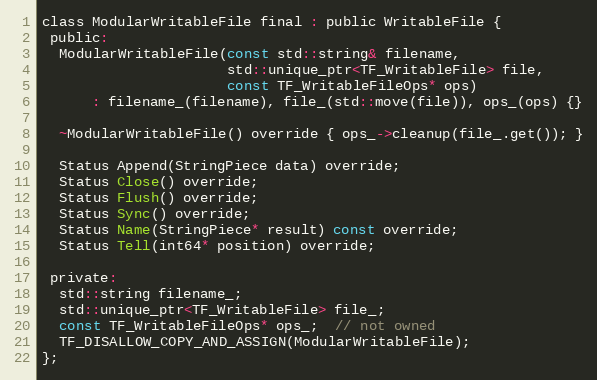
Language: C
class ModularWritableFile final : public WritableFile {
 public:
  ModularWritableFile(const std::string& filename,
                      std::unique_ptr<TF_WritableFile> file,
                      const TF_WritableFileOps* ops)
      : filename_(filename), file_(std::move(file)), ops_(ops) {}

  ~ModularWritableFile() override { ops_->cleanup(file_.get()); }

  Status Append(StringPiece data) override;
  Status Close() override;
  Status Flush() override;
  Status Sync() override;
  Status Name(StringPiece* result) const override;
  Status Tell(int64* position) override;

 private:
  std::string filename_;
  std::unique_ptr<TF_WritableFile> file_;
  const TF_WritableFileOps* ops_;  // not owned
  TF_DISALLOW_COPY_AND_ASSIGN(ModularWritableFile);
};